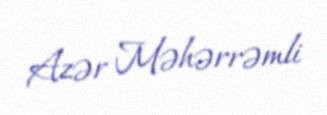
Azər Məhərrəmli